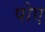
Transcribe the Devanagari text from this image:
पोए